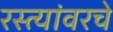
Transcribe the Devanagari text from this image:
रस्त्यांवरचे